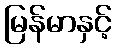
မြန်မာနှင့်